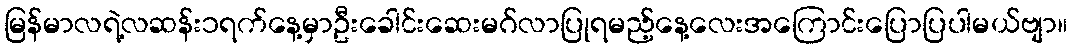
မြန်မာလရဲ့လဆန်း၁ရက်နေ့မှာဦးခေါင်းဆေးမဂ်လာပြုရမည့်နေ့လေးအကြောင်းပြောပြပါမယ်ဗျာ။